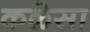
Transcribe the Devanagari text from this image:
कळेसा